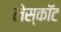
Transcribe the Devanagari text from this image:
लेस्कॉट